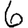
Digit: 6